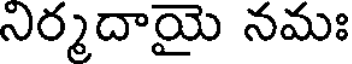
నిర్మదాయై నమః